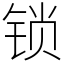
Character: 锁